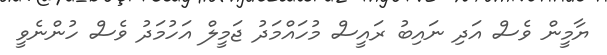
ޔާމީން ވެސް އަދި ނައިބު ރައީސް މުހައްމަދު ޖަމީލް އަހުމަދު ވެސް ހުންނެވީ